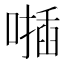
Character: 𠿂